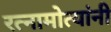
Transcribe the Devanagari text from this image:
रत्नामोत्यांनी